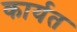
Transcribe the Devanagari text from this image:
कार्यत